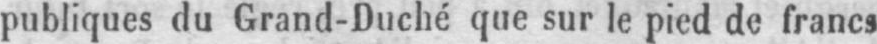
publiques du Grand-Duché que sur le pied de francs